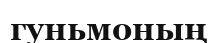
гуньмоның